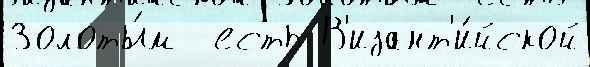
Золоты́м  есть В'изант'и́йской